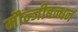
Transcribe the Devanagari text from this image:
मौन्जीबन्धन